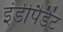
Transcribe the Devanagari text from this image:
इंडीपैडैंट